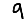
Digit: 9